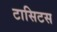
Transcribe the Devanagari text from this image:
टासिटस